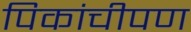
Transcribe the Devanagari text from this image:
पिकांचीपण